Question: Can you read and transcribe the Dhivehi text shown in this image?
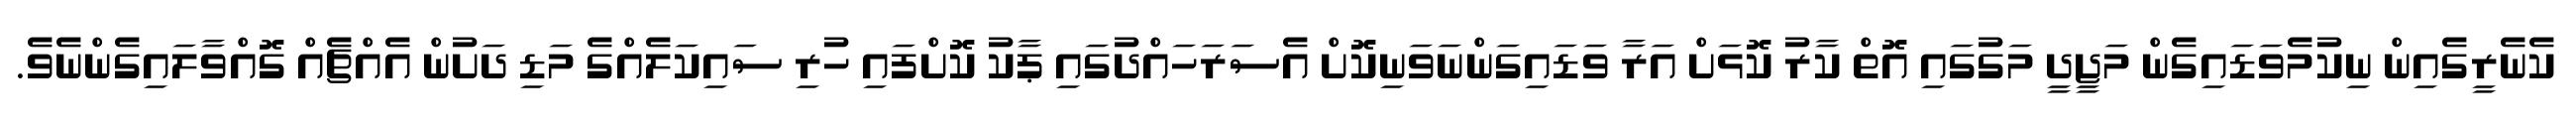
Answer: ކެނެރީގެއިން ނިކުމެވަޑައިގެން މަޖީދީ މަގުގައި އޮތް ކާރު ކޮޅަށް އަރާ ވަޑައިގަންނަވަނިކޮށް އެސަރަހައްދުގައި ޕާކު ކޮށްފައި ހުރި ސައިކަލެއްގެ މަޑި ދަށުން އެއްޗެއް ގޮއްވާލައިގެންނެވެ.